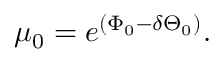
\mu _ { 0 } = e ^ { \left( \Phi _ { 0 } - \delta \Theta _ { 0 } \right) } .